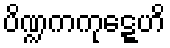
ပိဏ္ဍကကုဋ္ဋေဟိ